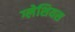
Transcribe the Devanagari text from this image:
ग्लेशियस